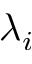
\lambda _ { i }